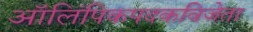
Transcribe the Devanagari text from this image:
ऑलिंपिकपदकविजेता